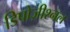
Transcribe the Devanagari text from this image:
डिपोज़ीश्नल